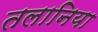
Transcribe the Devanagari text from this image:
तलानिया